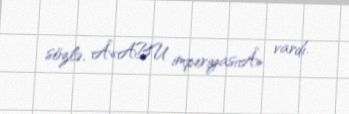
sözlə, Â«ABU imperiyasıÂ» vardı.